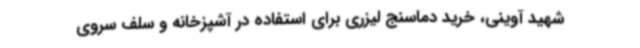
شهید آوینی، خرید دماسنج لیزری برای استفاده در آشپزخانه و سلف سروی